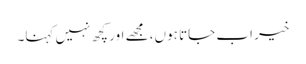
خیر اب جاتا ہوں، مجھے اور کچھ نہیں کہنا۔